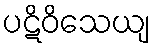
ပဋိဝိသေယျ